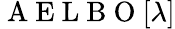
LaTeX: \mathrm{~A~E~L~B~O~}[\lambda]